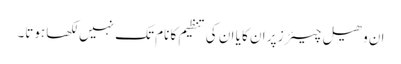
ان وھیل چیئرز پر ان کا یا ان کی تنظیم کا نام تک نہیں لکھا ہوتا۔